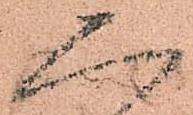
二